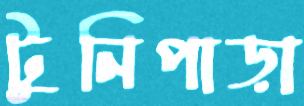
টুনিপাড়া